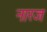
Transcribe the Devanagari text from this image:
नारज